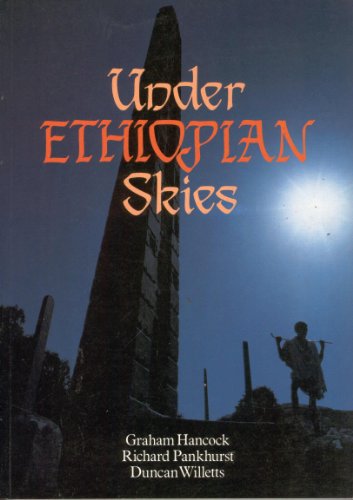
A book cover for Under Ethiopian skies; Graham Hancock; Travel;